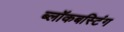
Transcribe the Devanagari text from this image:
ब्लॉकबस्टिंग